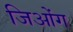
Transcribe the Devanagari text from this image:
जिओंग